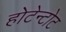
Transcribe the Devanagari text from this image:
होटेन्टोट